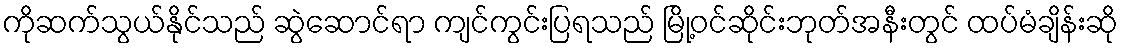
ကိုဆက်သွယ်နိုင်သည် ဆွဲဆောင်ရာ ကျင်ကွင်းပြရသည် မြို့ဝင်ဆိုင်းဘုတ်အနီးတွင် ထပ်မံချိန်းဆို